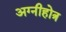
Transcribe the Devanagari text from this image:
अग्नीहोत्र